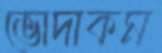
ভোদাকম